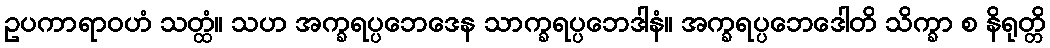
ဥပကာရာဝဟံ သတ္ထံ။ သဟ အက္ခရပ္ပဘေဒေန သာက္ခရပ္ပဘေဒါနံ။ အက္ခရပ္ပဘေဒေါတိ သိက္ခာ စ နိရုတ္တိ